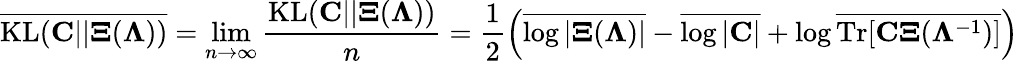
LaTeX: \overline{{\mathrm{KL}({\mathbf C}||{\mathbf\Xi}({\mathbf\Lambda}))}}=\operatorname*{lim}_{n\to\infty}\frac{\mathrm{KL}({\mathbf C}||{\mathbf\Xi}({\mathbf\Lambda}))}{n}=\frac{1}{2}\left(\overline{{\log|{\mathbf\Xi}({\mathbf\Lambda})|}}-\overline{{\log|{\mathbf C}|}}+\log\overline{{\mathrm{Tr}[\mathbf{C\Xi}({\mathbf\Lambda}^{-1})]}}\right)